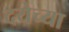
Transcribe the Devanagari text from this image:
दयेच्या